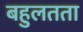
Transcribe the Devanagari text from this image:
बहुलतता